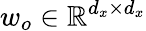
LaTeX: w_{o}\in\mathbb{R}^{d_{x}\times d_{x}}